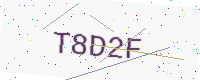
Text: T8D2F